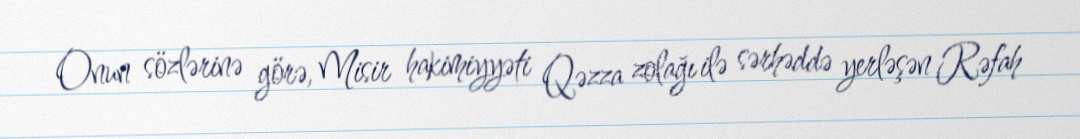
Onun sözlərinə görə, Misir hakimiyyəti Qəzza zolağı ilə sərhəddə yerləşən Rəfah